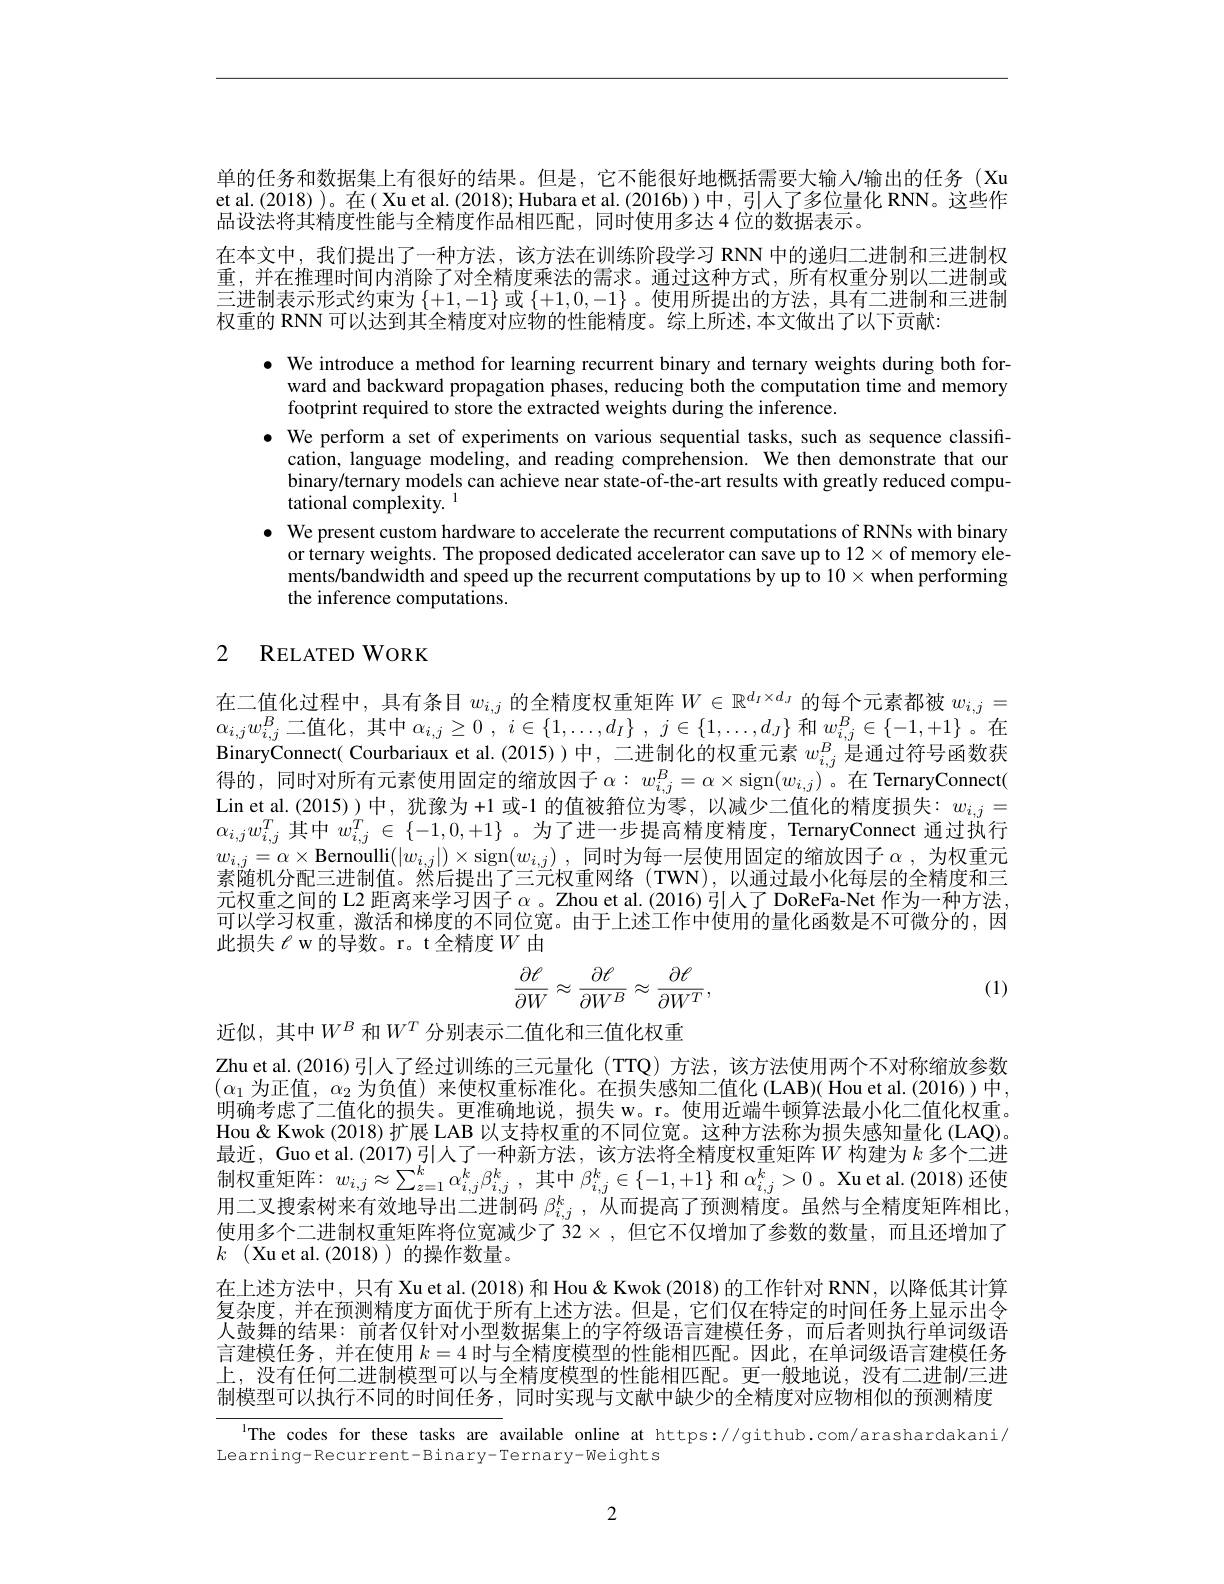
单的任务和数据集上有很好的结果。但是，它不能很好地概括需要大输人/输出的任务 (Xu et al.(2018) )。在( Xu et al. (2018); Hubara et al. (2016b) )中，引人了多位量化 RNN。这些作品设法将其精度性能与全精度作品相匹配，同时使用多达 4 位的数据表示。
在本文中，我们提出了一种方法，该方法在训练阶段学习 RNN 中的递归二进制和三进制权重，并在推理时间内消除了对全精度乘法的需求。通过这种方式，所有权重分别以二进制或三进制表示形式约束为$\{+1,-1\}$或$\{+1,0,-1\}$ 。使用所提出的方法，具有二进制和三进制权重的 RNN 可以达到其全精度对应物的性能精度。综上所述，本文做出了以下贡献：
$\bullet$ We introduce a method for learning recurrent binary and ternary weights during both for-
ward and backward propagation phases, reducing both the computation time and memory
footprint required to store the extracted weights during the inference.
$\bullet$ We perform a set of experiments on various sequential tasks, such as sequence classifi-
cation, language modeling, and reading comprehension. We then demonstrate that our binary/ternary models can achieve near state-of-the-art results with greatly reduced computational complexity. $^{1}$
$\bullet$ We present custom hardware to accelerate the recurrent computations of RNNs with binary
or ternary weights. The proposed dedicated accelerator can save up to $12\times$of memory elements/bandwidth and speed up the recurrent computations by up to $10\times w$hen performing the inference computations.

## 2 RELATEDWORK

在二值化过程中，具有条目$w_{i,j}$的全精度权重矩阵$W\in\mathbb{R}^d_I\times d_J$的每个元素都被$w_i,j=$ $\alpha_{i,j}w_{i,j}^B$二值化，其中$\alpha _i, j\geq 0$ , $i\in \{ 1, \ldots , d_I\}$ , $j\in \{ 1, \ldots , d_J\}$和$w_i,j^B\in\{-1,+1\}$。在BinaryConnect( Courbariaux et al.(2015))中，二进制化的权重元素$w_i,j^B$是通过符号函数获得的，同时对所有元素使用固定的缩放因子$\alpha:w_i,j^B=\alpha\times\operatorname{sign}(w_{i,j})$。在 TernaryConnect( Lin et al. (2015))中，犹豫为 +1 或-1 的值被箝位为零，以减少二值化的精度损失：$w_i,j=$ $\alpha_{i,j}w_{i,j}^T$其中$w_i,j^T\in\{-1,0,+1\}$ 。为了进一步提高精度精度，TernaryConnect 通过执行$w_{i,j}=\alpha\times$Bernoulli$(|w_i,j|)\times$sign$(w_i,j)$,同时为每一层使用固定的缩放因子$\alpha$,为权重元素随机分配三进制值。然后提出了三元权重网络(TWN),以通过最小化每层的全精度和三元权重之间的 L2 距离来学习因子$\alpha$ 。Zhou et al.(2016) 引人了 DoReFa-Net 作为一种方法可以学习权重，激活和梯度的不同位宽。由于上述工作中使用的量化函数是不可微分的，因此损失$\ell$ w的导数。r。t 全精度$W$由
$$\begin{aligned}\frac{\partial\ell}{\partial W}\approx\frac{\partial\ell}{\partial W^B}\approx\frac{\partial\ell}{\partial W^T},\end{aligned}$$
(1)

近似，其中$W^B$ 和$W^T$ 分别表示二值化和三值化权重

Zhu et al.(2016)引人了经过训练的三元量化(TTQ)方法，该方法使用两个不对称缩放参数$(\alpha_{1}$为正值，$\alpha_2$为负值)来使权重标准化。在损失感知二值化 (LAB)( Hou et al.(2016))中， 明确考虑了二值化的损失。更准确地说，损失 w。r。使用近端牛顿算法最小化二值化权重。Hou & Kwok (2018) 扩展 LAB 以支持权重的不同位宽。这种方法称为损失感知量化 (LAQ)。最近，Guo et al. (2017) 引人了一种新方法，该方法将全精度权重矩阵$W$构建为$k$多个二进制权重矩阵：$w_{i, j}\approx \sum _{z= 1}^{k}\alpha _{i, j}^{k}\beta _{i, j}^{k}$ ,其中$\beta_i,j^{k}\in\{-1,+1\}$和$\alpha_i,j^{k}>0$ 。Xu et al.(2018)还使用二叉搜索树来有效地导出二进制码$\beta_{i,j}^k$ ,从而提高了预测精度。虽然与全精度矩阵相比， 使用多个二进制权重矩阵将位宽减少了 32 $\times$,但它不仅增加了参数的数量，而且还增加了$k$ (Xu et al.(2018))的操作数量。
在上述方法中，只有 Xu et al.(2018) 和 Hou& Kwok (2018) 的工作针对 RNN, 以降低其计算复杂度，并在预测精度方面优于所有上述方法。但是，它们仅在特定的时间任务上显示出令人鼓舞的结果：前者仅针对小型数据集上的字符级语言建模任务，而后者则执行单词级语言建模任务，并在使用$k=4$时与全精度模型的性能相匹配。因此，在单词级语言建模任务上，没有任何二进制模型可以与全精度模型的性能相匹配。更一般地说，没有二进制/三进制模型可以执行不同的时间任务，同时实现与文献中缺少的全精度对应物相似的预测精度

lThe codes for these tasks are available online at https://github.com/arashardakani/

Learning-Recurrent-Binary-Ternary-Weights

2